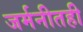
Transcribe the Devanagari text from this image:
जर्मनीतही